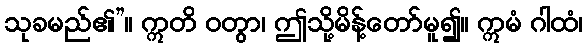
သုခမည်၏”။ ဣတိ ဝတွာ၊ ဤသို့မိန့်တော်မူ၍။ ဣမံ ဂါထံ၊